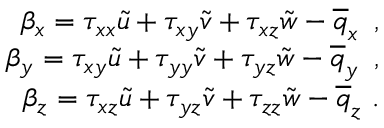
\begin{array} { r } { \beta _ { x } = { \tau } _ { x x } \tilde { u } + { \tau } _ { x y } \tilde { v } + { \tau } _ { x z } \tilde { w } - \overline { { q } } _ { x } \, \mathrm { ~ , ~ } } \\ { \beta _ { y } = { \tau } _ { x y } \tilde { u } + { \tau } _ { y y } \tilde { v } + { \tau } _ { y z } \tilde { w } - \overline { { q } } _ { y } \, \mathrm { ~ , ~ } } \\ { \beta _ { z } = { \tau } _ { x z } \tilde { u } + { \tau } _ { y z } \tilde { v } + { \tau } _ { z z } \tilde { w } - \overline { { q } } _ { z } \mathrm { ~ . ~ } } \end{array}